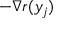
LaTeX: - \nabla r ( y _ { j } )